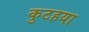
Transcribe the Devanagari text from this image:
कुटहया